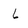
Character: 6